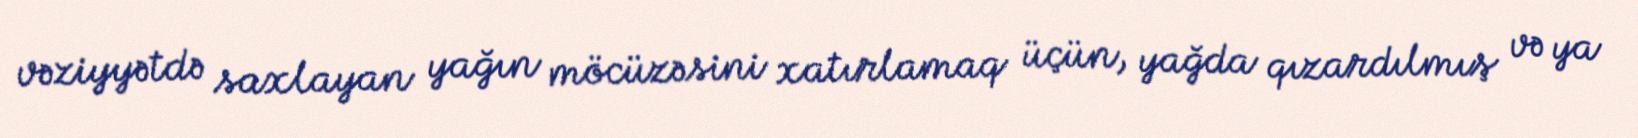
vəziyyətdə saxlayan yağın möcüzəsini xatırlamaq üçün, yağda qızardılmış və ya